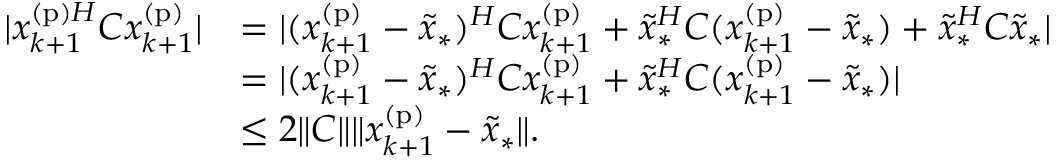
\begin{array} { r l } { | x _ { k + 1 } ^ { \mathrm { ( p ) } H } C x _ { k + 1 } ^ { \mathrm { ( p ) } } | } & { = | ( x _ { k + 1 } ^ { \mathrm { ( p ) } } - \widetilde { x } _ { * } ) ^ { H } C x _ { k + 1 } ^ { \mathrm { ( p ) } } + \widetilde { x } _ { * } ^ { H } C ( x _ { k + 1 } ^ { \mathrm { ( p ) } } - \widetilde { x } _ { * } ) + \widetilde { x } _ { * } ^ { H } C \widetilde { x } _ { * } | } \\ & { = | ( x _ { k + 1 } ^ { \mathrm { ( p ) } } - \widetilde { x } _ { * } ) ^ { H } C x _ { k + 1 } ^ { \mathrm { ( p ) } } + \widetilde { x } _ { * } ^ { H } C ( x _ { k + 1 } ^ { \mathrm { ( p ) } } - \widetilde { x } _ { * } ) | } \\ & { \leq 2 \| C \| \| x _ { k + 1 } ^ { \mathrm { ( p ) } } - \widetilde { x } _ { * } \| . } \end{array}